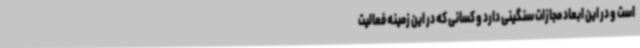
است و در این ابعاد مجازات سنگینی دارد و کسانی که در این زمینه فعالیت